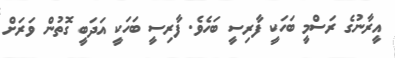
އީރާނުގެ ރަސްމީ ބަހަކީ ފާރިސީ ބަހެވެ. ފާރިސީ ބަހަކީ އަދަބީ ގޮތުން ވަރަށް